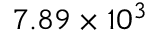
7 . 8 9 \times 1 0 ^ { 3 }